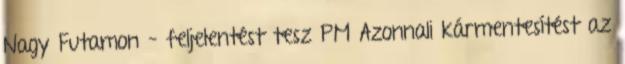
Nagy Futamon – feljelentést tesz PM Azonnali kármentesítést az